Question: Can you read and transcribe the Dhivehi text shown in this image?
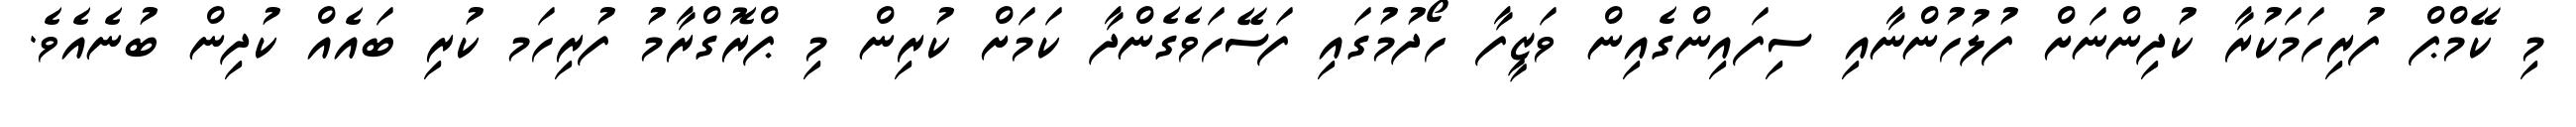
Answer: މި ކޭމްޕް ފުރިހަމަކުރާ ކުދިންނަށް ފުލުހުންނާއި ސިފައިންގެއިން ވަޒީފާ ހޯދުމުގައި ފަސޭހަވެގެންދާ ކަމަށް ކުރިން މި ޕްރޮގްރާމު ފުރިހަމ ކުރި ބައެއް ކުދިން ބުނެއެވެ.